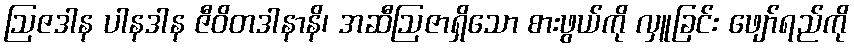
ဩဇဒါန ပါနဒါန ဇီဝိတဒါနာနိ၊ အဆီဩဇာရှိသော စားဖွယ်ကို လှူခြင်း ဖျော်ရည်ကို